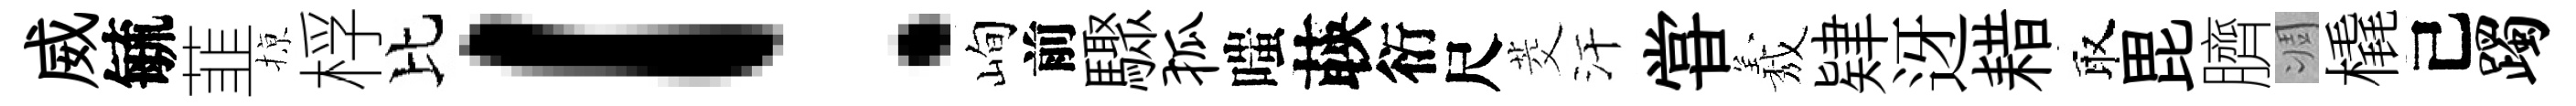
威毓韮𢱊桴比！峋前驟狐嗤𦴤衍尺茭汗甞𦏁肄迓耤取毘臍凋橇己躅